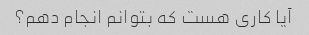
آیا کاری هست که بتوانم انجام دهم؟